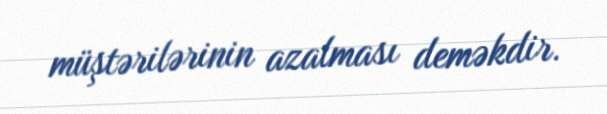
müştərilərinin azalması deməkdir.